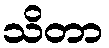
သိတာ